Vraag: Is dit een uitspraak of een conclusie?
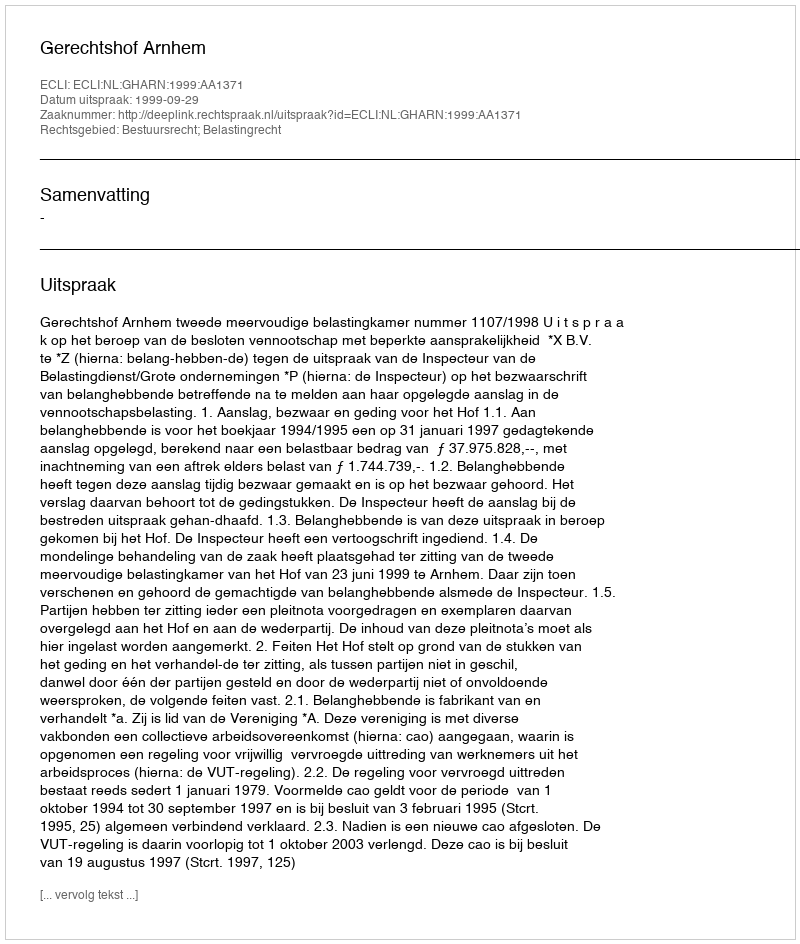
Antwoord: Uitspraak